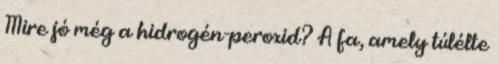
Mire jó még a hidrogén-peroxid? A fa, amely túlélte